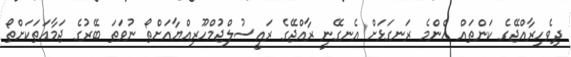
ދިވެހިރާއްޖޭގެ ކަންތައް އެންމެ ރަނގަޅަށް އެނގޭނީ ރާއްޖޭގެ ރައީސުލްޖުމްހޫރިއްޔާއަށްތޯ ނުވަތަ ބޭރުގެ ޖަމާޢަތަކަށްތޯ